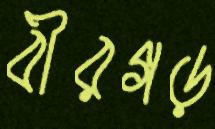
বীরগড়